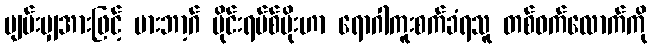
ပျမ်းမျှအားဖြင့် မားဘာ့ဂ် ဗိုင်းရပ်စ်ပိုးဟာ ရောဂါကူးစက်ခံရသူ တစ်ဝက်လောက်ကို